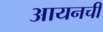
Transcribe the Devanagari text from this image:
आयनची